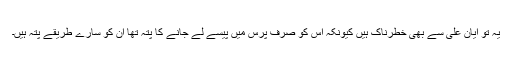
یہ تو ایان علی سے بھی خطرناک ہیں کیونکہ اس کو صرف پرس میں پیسے لے جانے کا پتہ تھا ان کو سارے طریقے پتہ ہیں۔